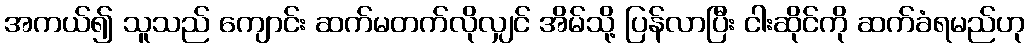
အကယ်၍ သူသည် ကျောင်း ဆက်မတက်လိုလျှင် အိမ်သို့ ပြန်လာပြီး ငါးဆိုင်ကို ဆက်ခံရမည်ဟု